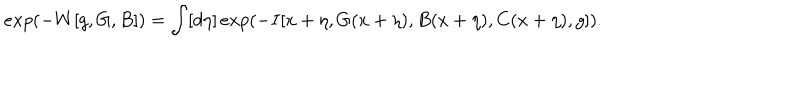
LaTeX: e x p ( - W [ g , G , B ] ) = \int [ d \eta ] \, e x p ( - I [ x + \eta , G ( x + \eta ) , B ( x + \eta ) , C ( x + \eta ) , g ] ) .